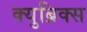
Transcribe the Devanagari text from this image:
क्युब्रिक्स